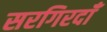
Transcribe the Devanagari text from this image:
सरगिरदाँ